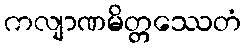
ကလျာဏမိတ္တဿေတံ